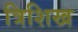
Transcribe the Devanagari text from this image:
त्रिशिख